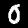
Digit: 0